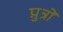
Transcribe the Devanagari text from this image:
पु़त्रों